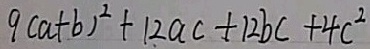
9 ( a + b ) ^ { 2 } + 1 2 a c + 1 2 b c + 4 c ^ { 2 }